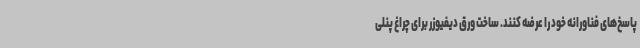
پاسخ‌های فناورانه خود را عرضه کنند. ساخت ورق دیفیوزر برای چراغ پنلی